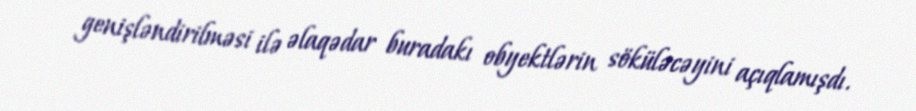
genişləndirilməsi ilə əlaqədar buradakı obyektlərin söküləcəyini açıqlamışdı.